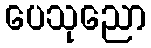
ပေသုညော